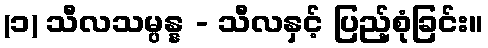
(၁) သီလသမ္ပန္န - သီလနှင့် ပြည့်စုံခြင်း။